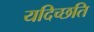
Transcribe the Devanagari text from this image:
यदिच्छति